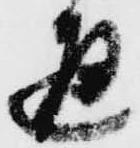
通